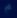
Transcribe